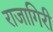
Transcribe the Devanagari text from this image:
राजागिरी